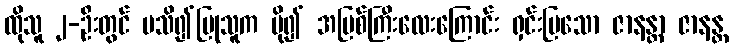
ထိုသူ ၂-ဦးတွင် မသိ၍ပြုသူက ပို၍ အပြစ်ကြီးလေးကြောင်း ရှင်းပြသော ဇာနန္တာ ဇာနန္တ